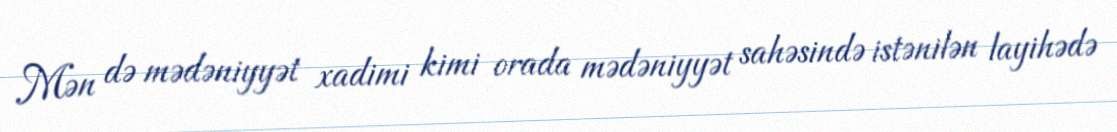
Mən də mədəniyyət xadimi kimi orada mədəniyyət sahəsində istənilən layihədə